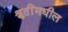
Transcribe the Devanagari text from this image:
श्रुतींमधील